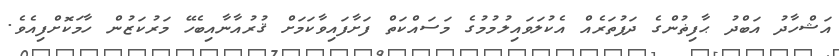
އަޝްހާދު އަބްދު ޙާފިޡުންގެ ދަފުތަރެއް އެކުލަވައިލުމުމުގެ މަސައްކަތް ފަށާފައިވާކަމަށް ޤުރުއާނާއިބެހޭ މަރުކަޒުން ހާމަކޮށްފިއެވެ.